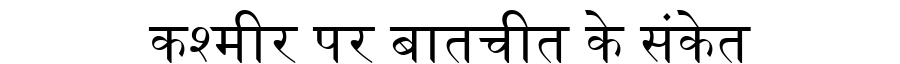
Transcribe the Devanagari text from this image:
कश्मीर पर बातचीत के संकेत